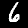
Label: 6